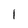
Character: l